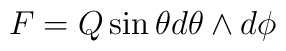
F = Q \sin \theta d\theta \wedge d\phi